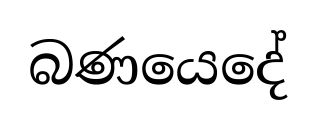
බණයෙදේ